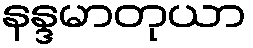
နန္ဒမာတုယာ